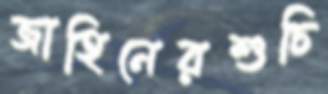
জাহিনেরশুচি